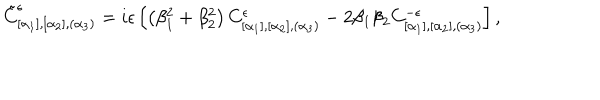
LaTeX: \tilde { C } _ { [ \alpha _ { 1 } ] , [ \alpha _ { 2 } ] , ( \alpha _ { 3 } ) } ^ { \epsilon } = i \epsilon \left[ \left( \beta _ { 1 } ^ { 2 } + \beta _ { 2 } ^ { 2 } \right) C _ { [ \alpha _ { 1 } ] , [ \alpha _ { 2 } ] , ( \alpha _ { 3 } ) } ^ { \epsilon } - 2 \beta _ { 1 } \beta _ { 2 } C _ { [ \alpha _ { 1 } ] , [ \alpha _ { 2 } ] , ( \alpha _ { 3 } ) } ^ { - \epsilon } \right] ,